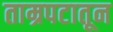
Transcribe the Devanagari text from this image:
ताम्रपटातून